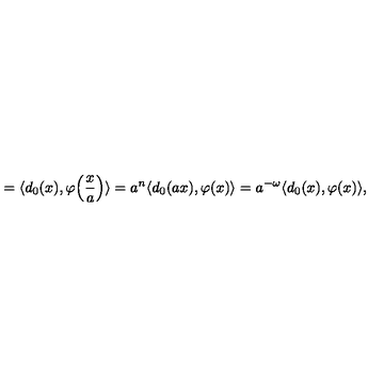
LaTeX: = \langle d _ { 0 } ( x ) , \varphi \Bigl ( \frac { x } { a } \Bigr ) \rangle = a ^ { n } \langle d _ { 0 } ( a x ) , \varphi ( x ) \rangle = a ^ { - \omega } \langle d _ { 0 } ( x ) , \varphi ( x ) \rangle ,